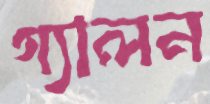
গ্যালন